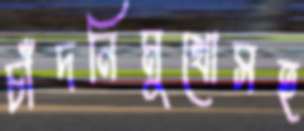
চাঁদনিমুখোসহ